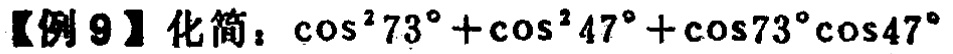
【例 9】化简：\(\cos^{2}73^{\circ}+\cos^{2}47^{\circ}+\cos73^{\circ}\cos47^{\circ}\)